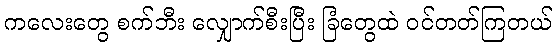
ကလေးတွေ စက်ဘီး လျှောက်စီးပြီး ခြံတွေထဲ ဝင်တတ်ကြတယ်